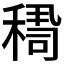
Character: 𥠫